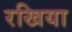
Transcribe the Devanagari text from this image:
रखिया